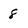
Character: 8